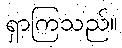
ရှာကြသည်။